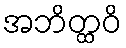
အဘိတ္ထဝိ